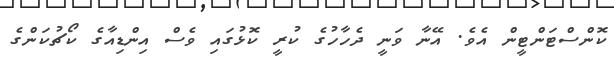
ކޮންސްޓަންޓީން އެވެ. އޭނާ ވަނީ ދެހާހުގެ ކުރީ ކޮޅުގައި ވެސް އިންޑިއާގެ ކޯޗުކަންގެ